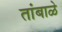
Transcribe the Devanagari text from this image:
तांबाळे